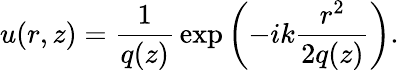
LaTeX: u(r,z)={\frac{1}{q(z)}}\exp\left(-ik{\frac{r^{2}}{2q(z)}}\right).